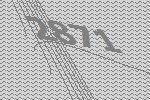
2871